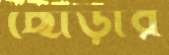
ছোড়ার